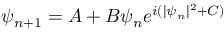
\psi _ { n + 1 } = A + B \psi _ { n } e ^ { i ( | \psi _ { n } | ^ { 2 } + C ) }